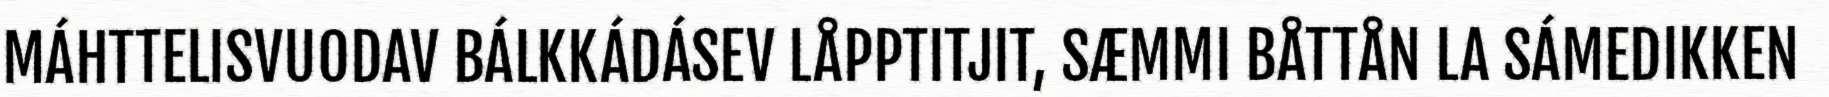
MÁHTTELISVUODAV BÁLKKÁDÁSEV LÅPPTITJIT, SÆMMI BÅTTÅN LA SÁMEDIKKEN